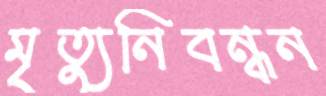
মৃত্যুনিবন্ধন